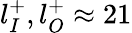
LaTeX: l_{I}^{+},l_{O}^{+}\approx 21